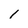
Character: l